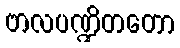
ဗာလပဏ္ဍိတတော